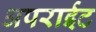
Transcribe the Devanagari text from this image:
अपराईट